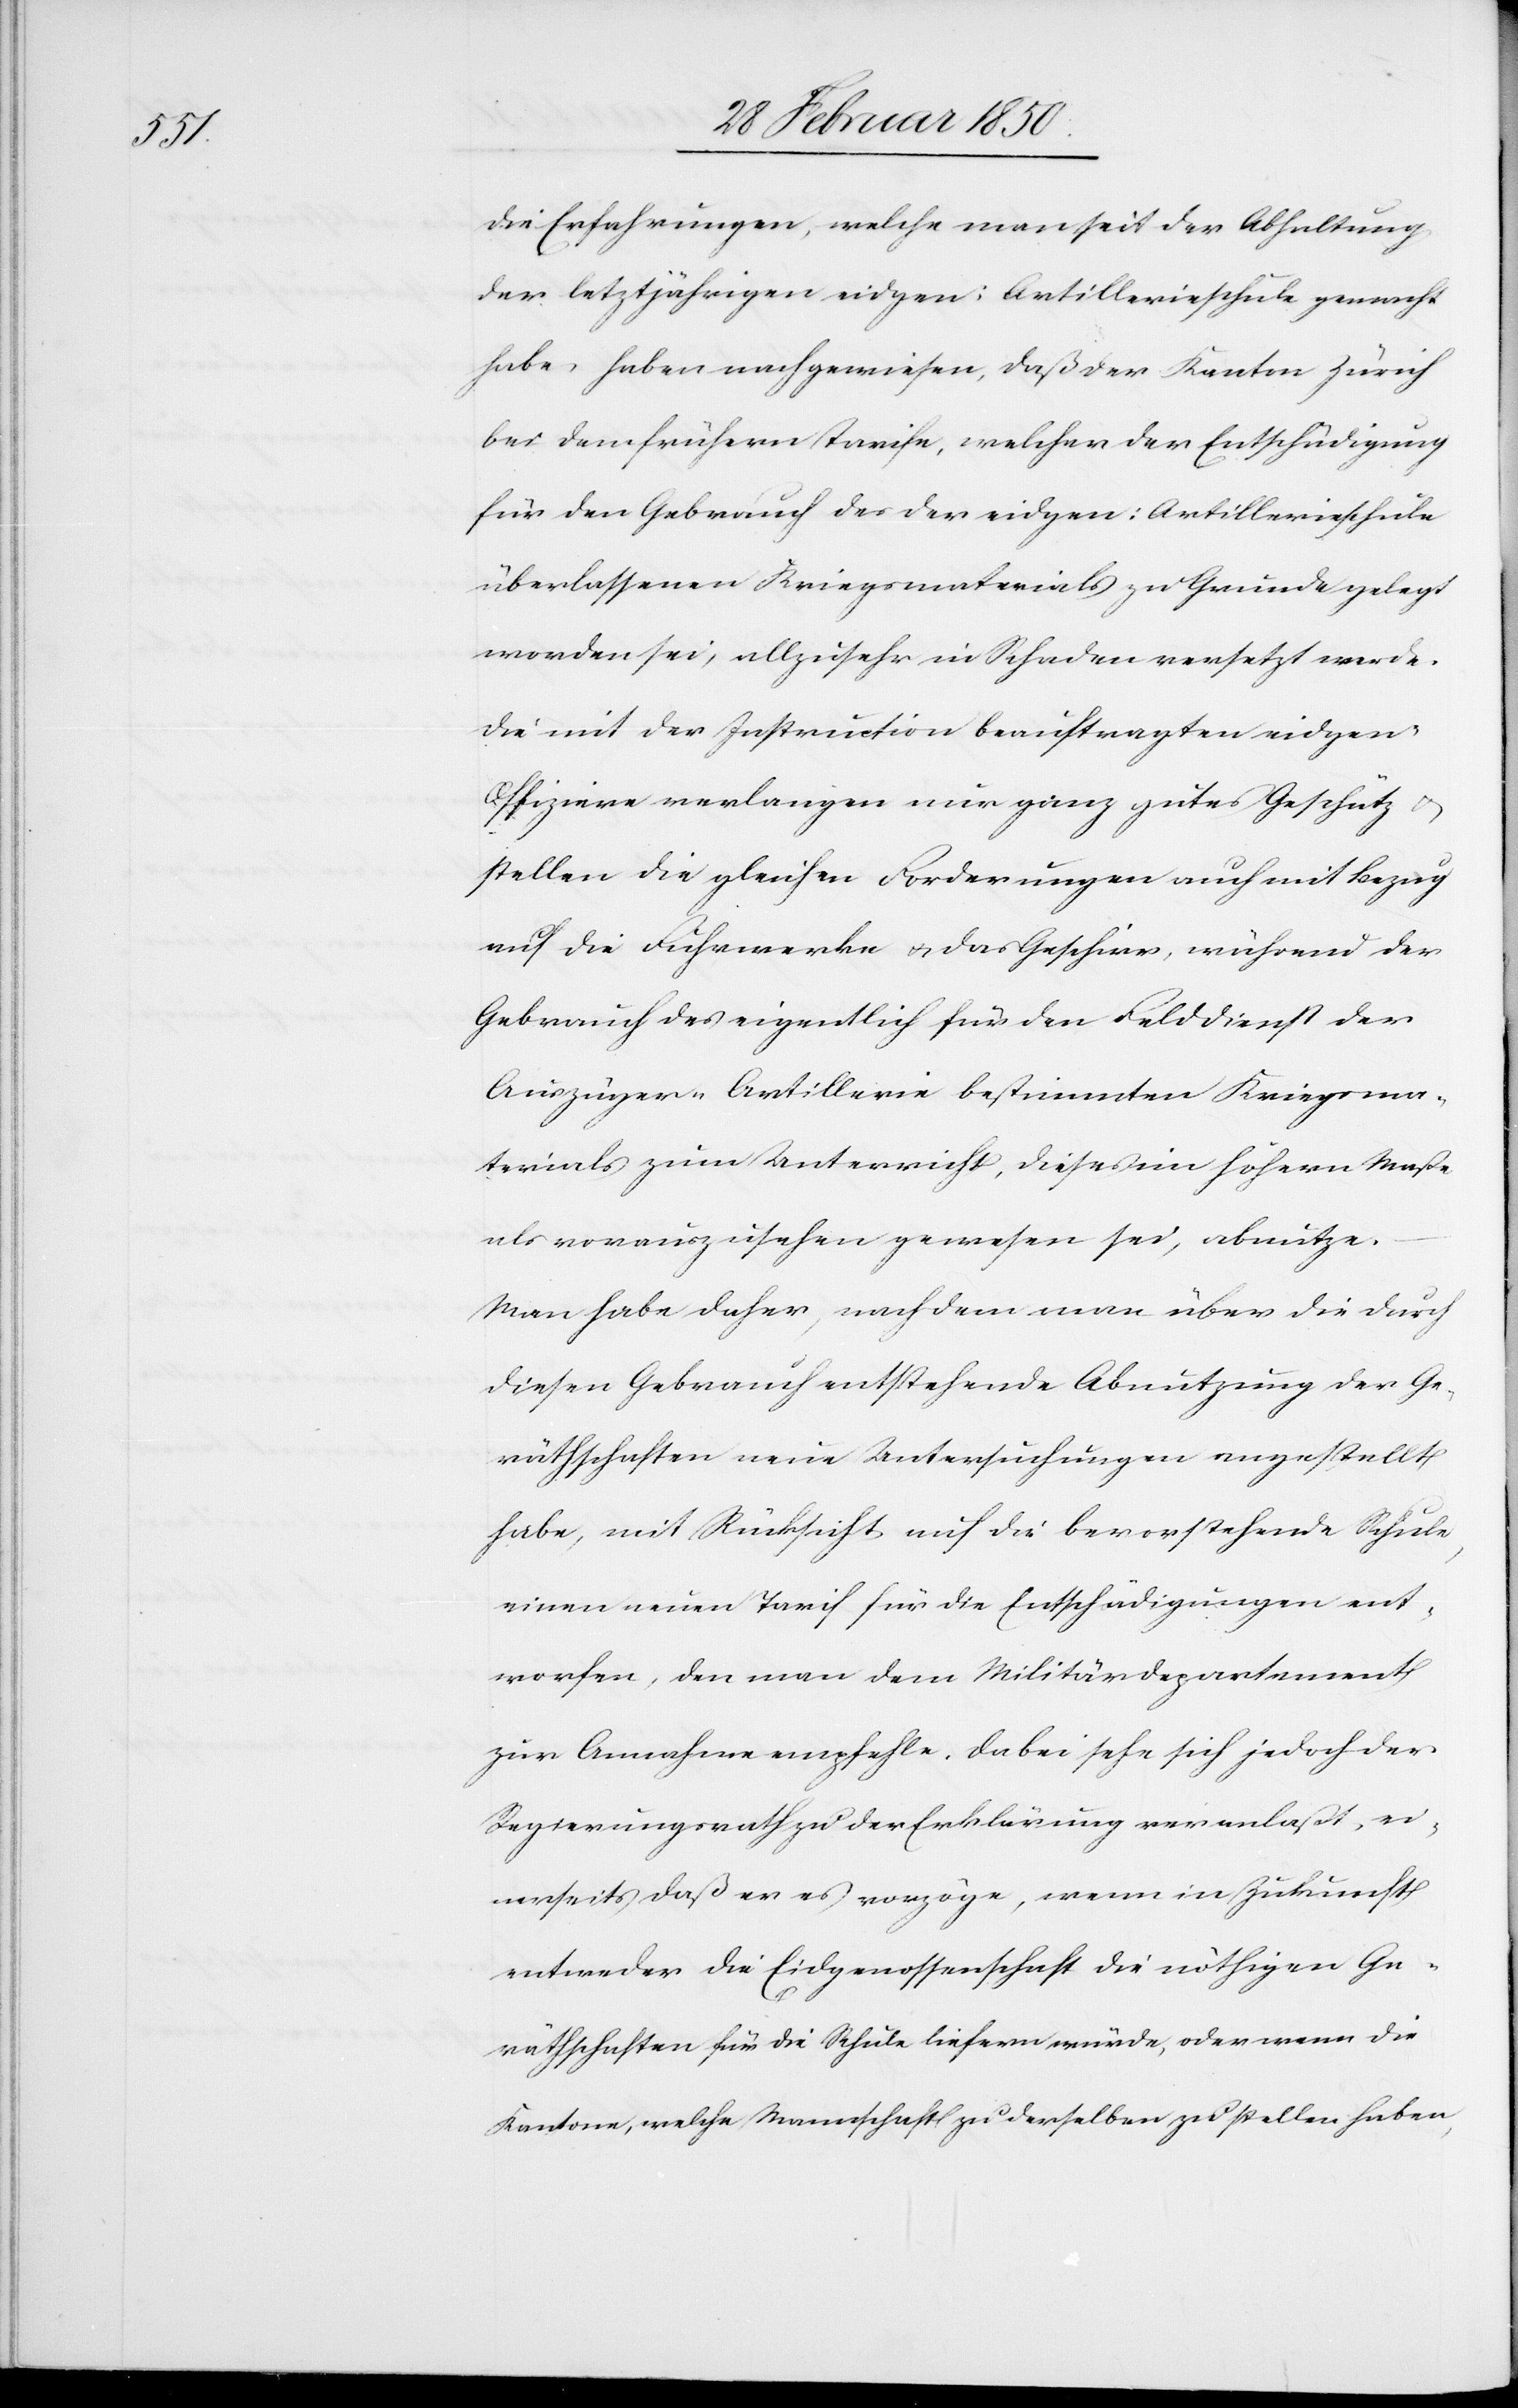
Die Erfahrungen, welche man seit der Abhaltung
der letztjährigen eidgen: Artillerieschule gemacht
habe, haben nachgewiesen, daß der Kanton Zürich
bei dem frühern Tarife, welcher der Entschädigung
für den Gebrauch des der eidgen: Artillerieschule
überlassenen Kriegsmaterials zu Grunde gelegt
worden sei, allzusehr in Schaden versetzt werde.
Die mit der Instruction beauftragten eidgen:
Offiziere verlangen nur ganz gutes Geschütz u.
stellen die gleichen Forderungen auch mit Bezug
auf die Fuhrwerke u. das Geschirr, während der
Gebrauch des eigentlich für den Felddienst der
Auszüger-Artillerie bestimmten Kriegsma¬
terials zum Unterricht, dieses im höhern Maße
als vorauszusehen gewesen sei, abnütze.
Man habe daher, nachdem man über die durch
diesen Gebrauch entstehende Abnutzung der Ge¬
räthschaften neue Untersuchungen angestellt
habe, mit Rücksicht auf die bevorstehende Schule,
einen neuen Tarif für die Entschädigungen ent¬
worfen, den man dem Militärdepartement
zur Annahme empfehle. Dabei sehe sich jedoch der
Regierungsrath zu der Erklärung veranlaßt, ei¬
nerseits daß er es vorzöge, wenn in Zukunft
entweder die Eidgenossenschaft die nöthigen Ge¬
räthschaften für die Schule liefern würde, oder wenn die
Kantone, welche Mannschaft zu derselben zu stellen haben,